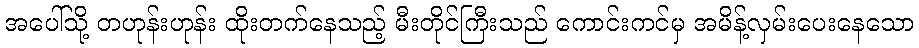
အပေါ်သို့ တဟုန်းဟုန်း ထိုးတက်နေသည့် မီးတိုင်ကြီးသည် ကောင်းကင်မှ အမိန့်လှမ်းပေးနေသော